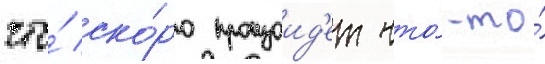
что́ ско́ро произоид'ет что́-то́